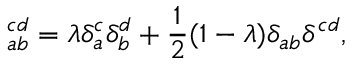
\ _ { a b } ^ { c d } = \lambda \delta _ { a } ^ { c } \delta _ { b } ^ { d } + \frac { 1 } { 2 } ( 1 - \lambda ) \delta _ { a b } \delta ^ { c d } ,